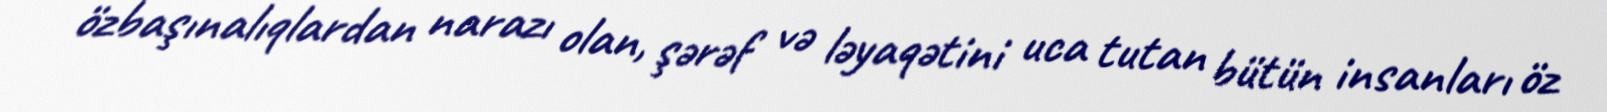
özbaşınalıqlardan narazı olan, şərəf və ləyaqətini uca tutan bütün insanları öz